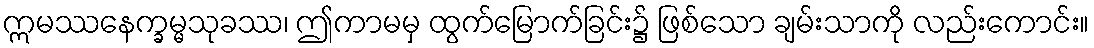
ဣမဿနေက္ခမ္မသုခဿ၊ ဤကာမမှ ထွက်မြောက်ခြင်း၌ ဖြစ်သော ချမ်းသာကို လည်းကောင်း။